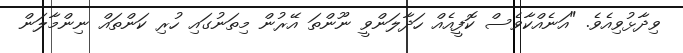
ވިދާޅުވިއެވެ. "އަނެއްކާވެސް ކޮފީއެއް ހަދާލަންވީ ނޫންތަ އޭރުން މިތަނުގައި ހުރި ކަންތައް ނިންމާލަން